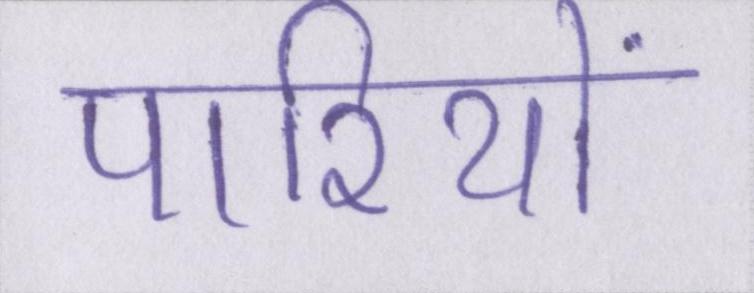
पारियों